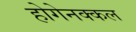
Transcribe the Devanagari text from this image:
होगेनक्कल